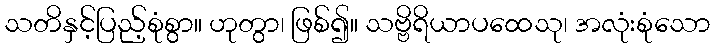
သတိနှင့်ပြည့်စုံစွာ။ ဟုတွာ၊ ဖြစ်၍။ သဗ္ဗိရိယာပထေသု၊ အလုံးစုံသော